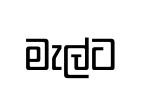
මැල්ට